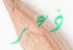
ذعر